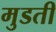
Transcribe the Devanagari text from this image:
मुडती